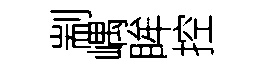
剬嵎眸控